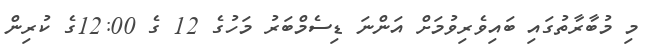
މި މުބާރާތުގައި ބައިވެރިވުމަށް އަންނަ ޑިސެމްބަރު މަހުގެ 12 ގެ 12:00ގެ ކުރިން